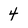
Character: 4